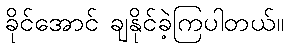
ခိုင်အောင် ချနိုင်ခဲ့ကြပါတယ်။